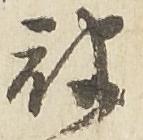
被